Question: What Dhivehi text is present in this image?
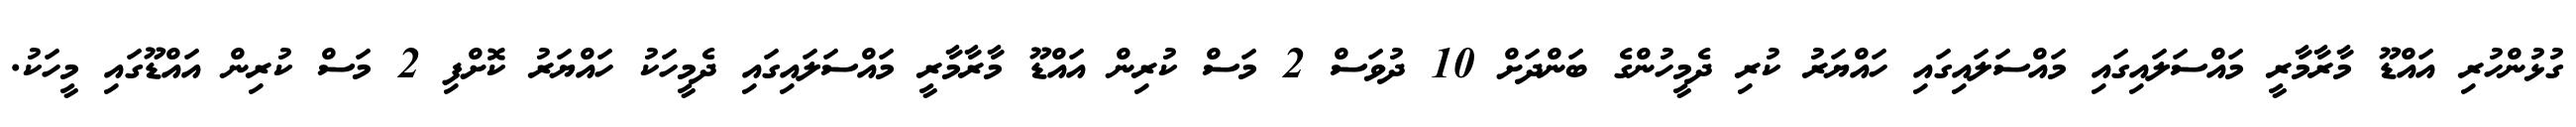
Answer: ގުޅުންހުރި އައްޑޫ މާރާމާރީ މައްސަލައިގައި މައްސަލައިގައި ހައްޔަރު ކުރި ދެމީހުންގެ ބަންދަށް 10 ދުވަސް 2 މަސް ކުރިން އައްޑޫ މާރާމާރީ މައްސަލައިގައި ދެމީހަކު ހައްޔަރު ކޮށްފި 2 މަސް ކުރިން އައްޑޫގައި މީހަކު.